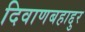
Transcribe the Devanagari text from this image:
दिवाणबहाद्दुर